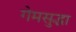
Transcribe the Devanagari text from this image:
गेमसुद्धा